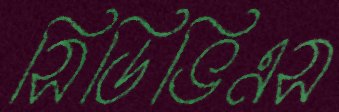
সিডিভিএস